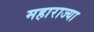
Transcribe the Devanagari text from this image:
महाराज्या